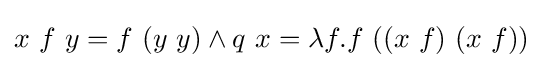
x\ f\ y=f\ (y\ y)\land q\ x=\lambda f.f\ ((x\ f)\ (x\ f))